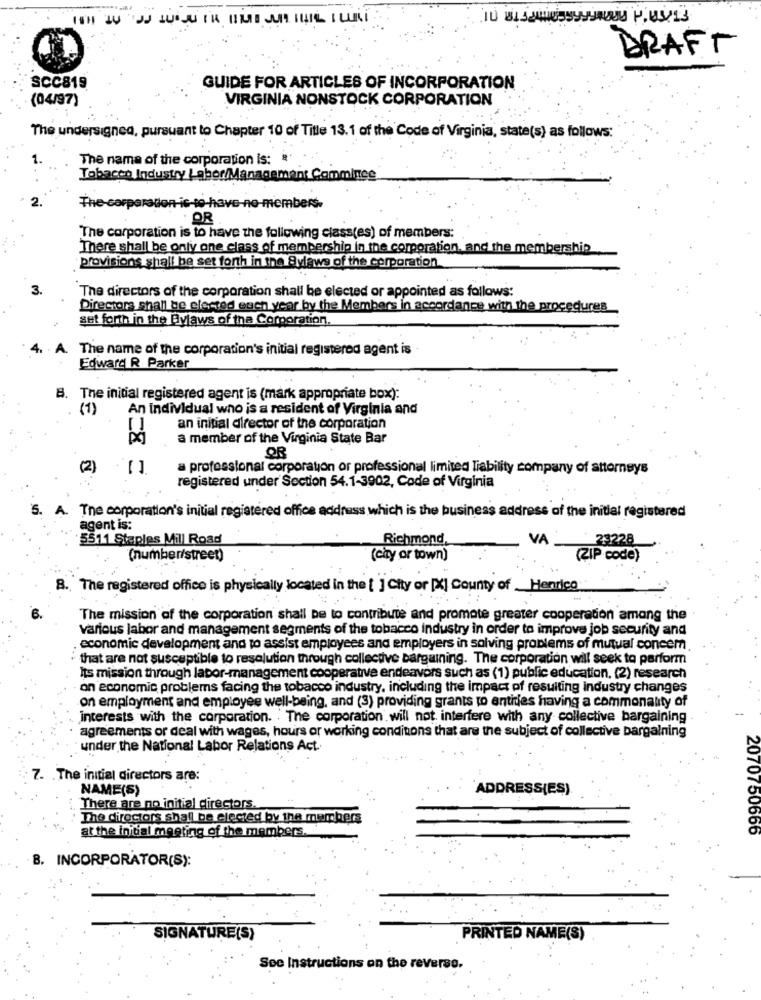
DRAFT
SCC819
GUIDE FOR ARTICLES OF INCORPORATION
(04/97)
VIRGINIA NONSTOCK CORPORATION
The undersigned, pursuant to Chapter 10 of Title 13.1 of the Code of Virginia, state(s) as follows:
The name of the corporation is: "
Tobacco Industry Labor/Management Commince
2.
The corporation is to have no-members.
OR
The corporation is to have the following class(es) of members:
There shall be only one class of membership in the corporation, and the membership
provisions shall be set forth in the 9ylaws of the corporation
3.
The directors of the corporation shall be elected or appointed as follows:
Directora shall be elected each year by the Members in accordance with the procedures
set forth in the Bylaws of the Corporation,
A. The name of the corporation's initial registered agent is
Edward R Parker
B. The initial registered agent is (mark appropriate box):
(1)
An individual who is a resident of Virginia and
an initial director of the corporation
a member of the Virginia State Bar
(2) [].
a professional corporation or professional limited liability company of attorneys
registered under Section 54.1-3902, Code of Virginia
A. The corporation's initial registered office address which is the business address of the initial registered
agent is:
5511 Staples Mill Road
Richmond,
VA
23228
(number/street)
(city or town)
(ZIP code)
8. The registered office is physically located in the [ ] City or [X] County of Henrico
The mission of the corporation shall be to contribute and promote greater cooperation among the
various labor and management segments of the tobacco industry in order to improve job security and
economic development and to assist employees and employers in solving problems of mutual concem.
that are not susceptible to resolution through collective bargaining. The corporation will seek to perform
Its mission through labor-management cooperative endeavors such as (1) public education, (2) research
on economic problems facing the tobacco industry, including the impact of resulting industry changes
on employment and employee well-being, and (3) providing grants to entities having a commonality of
interests with the corporation. The corporation will not interfere with any collective bargaining
agreements or deal with wages, hours or working conditions that are the subject of collective bargaining
under the National Labor Relations Act.
7. The initial directors are:
NAME(S)
'ADDRESS(ES)
There are no initial directors.
The directors shall be elected by the members
at the initial meeting of the members.
2070750666
B. INCORPORATOR(S):
SIGNATURE(S)
PRINTED NAME(S)
See Instructions on the reverse.